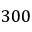
3 0 0